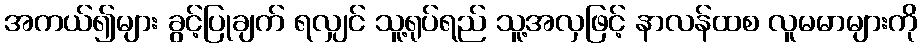
အကယ်၍များ ခွင့်ပြုချက် ရလျှင် သူ့ရုပ်ရည် သူ့အလှဖြင့် နာလန်ထစ လူမမာများကို